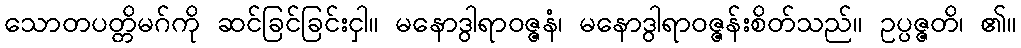
သောတပတ္တိမဂ်ကို ဆင်ခြင်ခြင်းငှါ။ မနောဒွါရာဝဇ္ဇနံ၊ မနောဒွါရာဝဇ္ဇန်းစိတ်သည်။ ဥပ္ပဇ္ဇတိ၊ ၏။